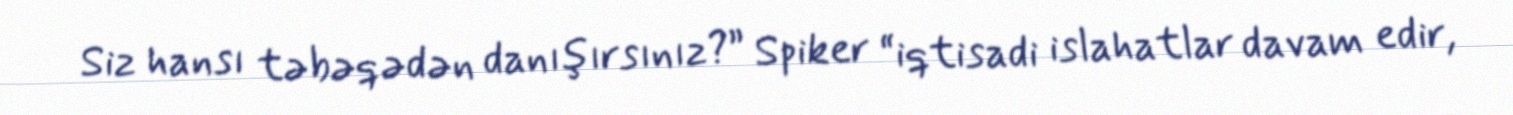
Siz hansı təbəqədən danışırsınız?” Spiker “iqtisadi islahatlar davam edir,